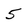
Character: 5